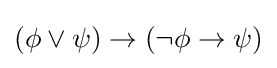
(\phi \lor \psi )\to (\neg \phi \to \psi )